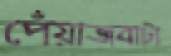
পেঁয়াজবাটা